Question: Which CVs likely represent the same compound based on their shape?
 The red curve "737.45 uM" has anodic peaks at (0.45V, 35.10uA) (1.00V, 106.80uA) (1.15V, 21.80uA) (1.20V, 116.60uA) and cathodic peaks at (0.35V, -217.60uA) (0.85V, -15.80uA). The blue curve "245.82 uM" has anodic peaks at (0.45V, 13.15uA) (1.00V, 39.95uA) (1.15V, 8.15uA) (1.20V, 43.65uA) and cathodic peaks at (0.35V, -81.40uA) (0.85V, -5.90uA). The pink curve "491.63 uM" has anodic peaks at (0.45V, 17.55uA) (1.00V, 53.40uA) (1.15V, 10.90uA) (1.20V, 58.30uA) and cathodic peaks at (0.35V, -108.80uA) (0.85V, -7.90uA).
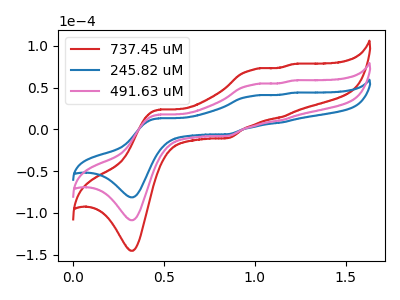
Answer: <think>"737.45 uM" and "245.82 uM" have at least one peak that do not match. "737.45 uM" and "491.63 uM" have at least one peak that do not match. "245.82 uM" and "491.63 uM" have at least one peak that do not match.
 </think>
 <answer>No CV's on this graph have a similar shape to each other.</answer>
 <eval>none</eval>